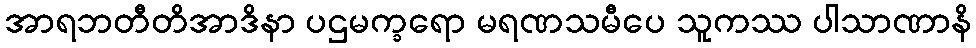
အာရဘတီတိအာဒိနာ ပဌမက္ခရော မရဏသမီပေ သူကဿ ပါသာဏာနိ